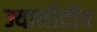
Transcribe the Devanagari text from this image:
ज्यामीतीय